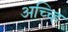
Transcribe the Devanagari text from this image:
अच्च्हि